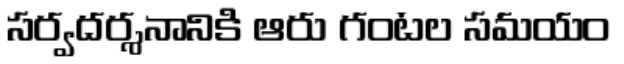
సర్వదర్శనానికి ఆరు గంటల సమయం